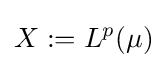
X:=L^{p}(\mu )